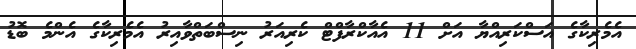
އެމެރިކާގެ އަސްކަރިއްޔާ އަށް 11 އެއާކްރާފްޓް ކެރިއަރު ނިސްބަތްވާއިރު އެމެރިކާގެ އެންމެ ބޮޑު